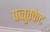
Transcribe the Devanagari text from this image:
पव्तुक्केट